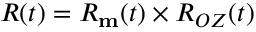
R ( t ) = R _ { \bf m } ( t ) \times R _ { O Z } ( t )